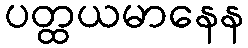
ပတ္ထယမာနေန